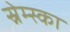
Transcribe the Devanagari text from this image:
स्रेम्स्का